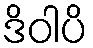
ဒိဝါပိ